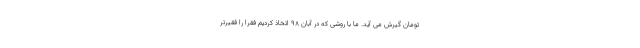
تومان گیرش می آید. ما با روشی که در آبان ۹۸ اتخاذ کردیم فقرا را فقیرتر